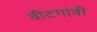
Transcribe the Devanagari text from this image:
वीटगांवी